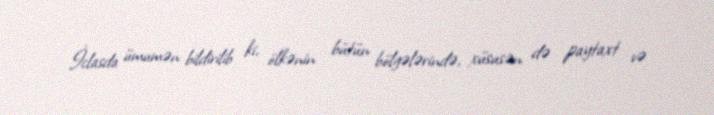
İclasda ümumən bildirilib ki, ölkənin bütün bölgələrində, xüsusən də paytaxt və